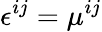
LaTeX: \epsilon^{ij}=\mu^{ij}